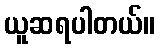
ယူဆရပါတယ်။